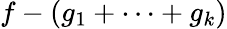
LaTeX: f-(g_{1}+\cdots+g_{k})